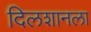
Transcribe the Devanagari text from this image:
दिलशानला